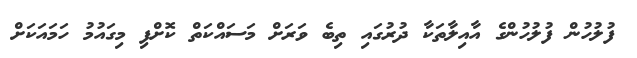
ފުލުހުން ފުލުހުންގެ އާއިލާތަކާ ދުރުގައި ތިބެ ވަރަށް މަސައްކަތް ކޮށްފި މިގައުމު ހަމައަކަށް